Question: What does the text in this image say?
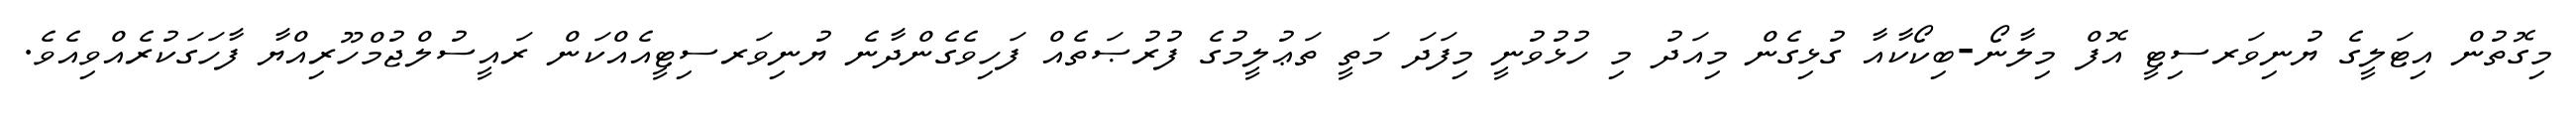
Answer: މިގޮތުން އިޓަލީގެ ޔުނިވަރސިޓީ އޮފް މިލާނޯ-ބިކޯކާއާ ގުޅިގެން މިއަދު މި ހުޅުވުނީ މިފަދަ މަތީ ތަޢުލީމުގެ ފުރުޞަތެއް ފަހިވެގެންދާނެ ޔުނިވަރސިޓީއެއްކަން ރައީސުލްޖުމްހޫރިއްޔާ ފާހަގަކުރެއްވިއެވެ.